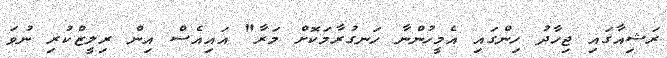
ރަޝިއާގައި ޖިހާދު ހިންގައި އެމީހުންނާ ހަނގުރާމަކޮށް މަރާ" އައިއެސް އިން ރިލީޒްކުރި ނުވަ